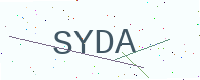
Text: SYDA